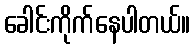
ခေါင်းကိုက်နေပါတယ်။